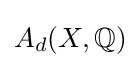
A_{d}(X,\mathbb {Q} )